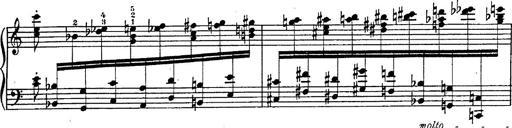
Title: Fantasie Ã¼ber Themen aus Mozarts Figaro und Don Giovanni
Composer: Franz Liszt